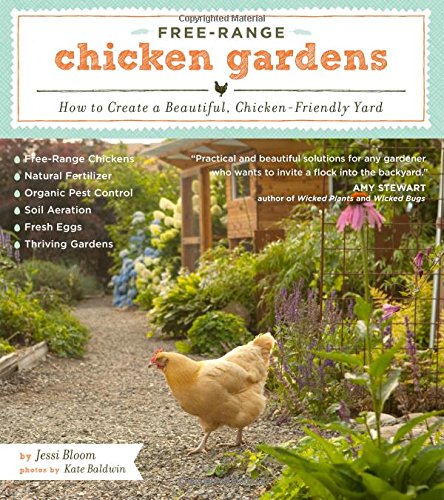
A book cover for Free-Range Chicken Gardens: How to Create a Beautiful, Chicken-Friendly Yard; Jessi Bloom; Science & Math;